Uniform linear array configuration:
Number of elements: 48
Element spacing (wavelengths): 0.25
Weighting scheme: exponential
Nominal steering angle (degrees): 45
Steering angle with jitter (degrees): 44.39
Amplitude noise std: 0.05
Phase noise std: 0.05

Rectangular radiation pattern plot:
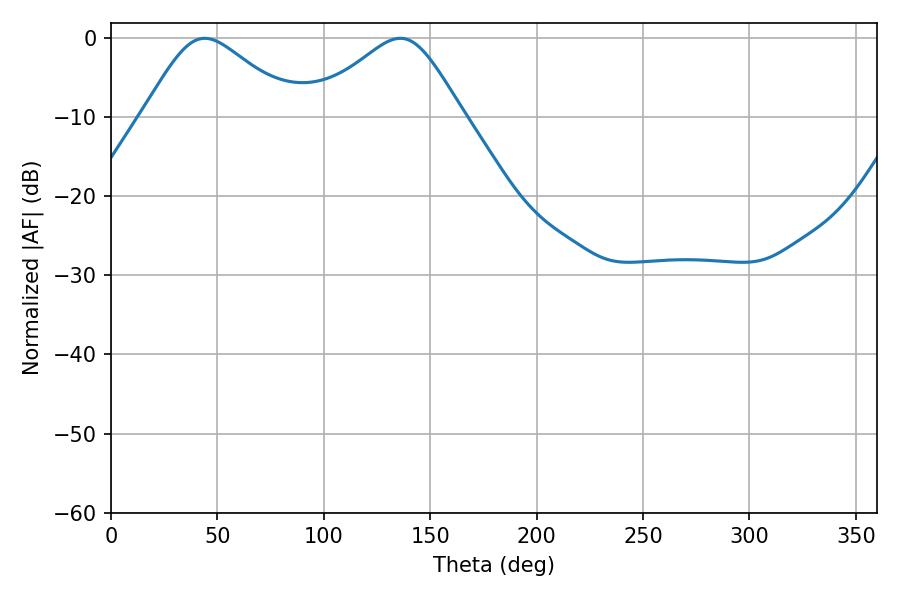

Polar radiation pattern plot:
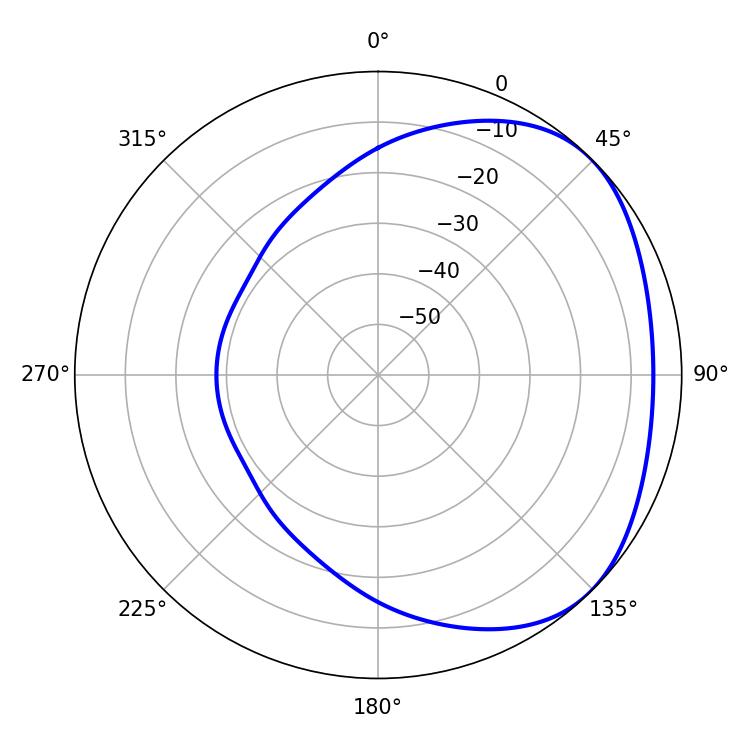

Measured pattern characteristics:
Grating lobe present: FALSE
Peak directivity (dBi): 2.834
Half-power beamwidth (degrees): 35.1
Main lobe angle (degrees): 44.1